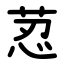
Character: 荵